Vaccine operations Central Provinces & Berar 1922-1929 - 1922-1929
Year: 1922
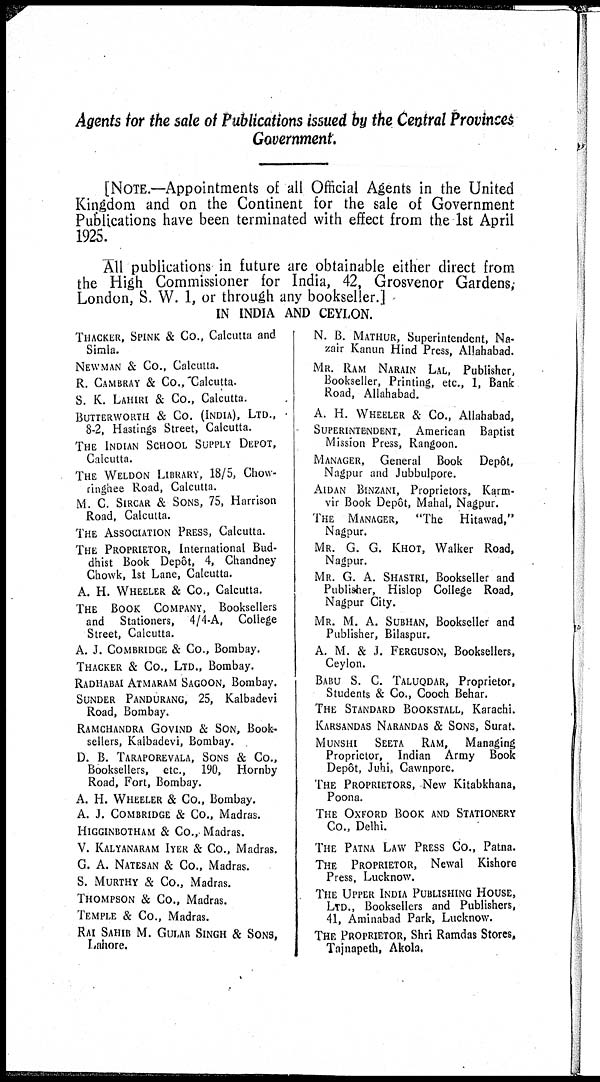
Agents for the sale of Publications issued by the Central Provinces
Government.
[NOTE.—Appointments of all Official Agents in the United
Kingdom and on the Continent for the sale of Government
Publications have been terminated with effect from the 1st April
1925.
All publications in future are obtainable either direct from
the High Commissioner for India, 42, Grosvenor Gardens,
London, S. W. 1, or through any bookseller.]
IN INDIA AND CEYLON.
THACKER, SPINK & Co., Calcutta and
Simla.
NEWMAN & Co., Calcutta.
R. CAMBRAY & Co., Calcutta.
S. K. LAHIRI & Co., Calcutta.
BUTTERWORTH & CO. (INDIA), LTD.,
8-2, Hastings Street, Calcutta.
THE INDIAN SCHOOL SUPPLY DEPOT,
Calcutta.
THE WELDON LIBRARY, 18/5, Chow¬
ringhee Road, Calcutta.
M. C. SIRCAR & SONS, 75, Harrison
Road, Calcutta.
THE ASSOCIATION PRESS, Calcutta.
THE PROPRIETOR, International Bud-
dhist Book Depôt, 4, Chandney
Chowk, 1st Lane, Calcutta.
A. H. WHEELER & Co., Calcutta.
THE BOOK COMPANY, Booksellers
and Stationers, 4/4-A, College
Street, Calcutta.
A. J. COMBRIDGE & Co., Bombay.
THACKER & Co., LTD., Bombay.
RADHABAI ATMARAM SAGOON, Bombay.
SUNDER PANDURANG, 25, Kalbadevi
Road, Bombay.
RAMCHANDRA GOVIND & SON, Book-
sellers, Kalbadevi, Bombay.
D. B. TARAPOREVALA, SONS & Co.,
Booksellers, etc., 190, Hornby
Road, Fort, Bombay.
A. H. WHEELER & Co., Bombay.
A. J. COMBRIDGE & Co., Madras.
HIGGINBOTHAM & Co., Madras.
V. KALYANARAM IYER & Co., Madras.
G. A. NATESAN & Co., Madras.
S. MURTHY & Co., Madras.
THOMPSON & Co., Madras.
TEMPLE & Co., Madras.
RAI SAHIB M. GULAB SINGH & SONS,
Lahore.
N. B. MATHUR, Superintendent, Na¬
zair Kanun Hind Press, Allahabad.
MR. RAM NARAIN LAL, Publisher,
Bookseller, Printing, etc., 1, Bank
Road, Allahabad.
A. H. WHEELER & Co., Allahabad,
SUPERINTENDENT, American Baptist
Mission Press, Rangoon.
MANAGER, General Book
Depôt,
Nagpur and Jubbulpore.
AIDAN BINZANI, Proprietors, Karm¬
vir Book Depôt, Mahal, Nagpur.
THE MANAGER, "The
Hitawad,"
Nagpur.
MR. G. G. KHOT, Walker Road,
Nagpur.
MR. G. A. SHASTRI, Bookseller and
Publisher, Hislop College Road,
Nagpur City.
MR. M. A. SUBHAN, Bookseller and
Publisher, Bilaspur.
A. M. & J. FERGUSON, Booksellers,
Ceylon.
BABU S. C. TALUQDAR, Proprietor,
Students & Co., Cooch Behar.
THE STANDARD BOOKSTALL, Karachi.
KARSANDAS NARANDAS & SONS, Surat.
MUNSHI
SEETA RAM,
Managing
Proprietor, Indian Army Book
Depôt, Juhi, Cawnpore.
THE PROPRIETORS, New Kitabkhana,
Poona.
THE OXFORD BOOK AND STATIONERY
Co., Delhi.
THE PATNA LAW PRESS Co., Patna.
THE PROPRIETOR, Newal Kishore
Press, Lucknow.
THE UPPER INDIA PUBLISHING HOUSE,
LTD., Booksellers and Publishers,
41, Aminabad Park, Lucknow.
THE PROPRIETOR, Shri Ramdas Stores,
Tajnapeth, Akola.